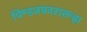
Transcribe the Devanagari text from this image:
पिण्डजप्रवरारूढ़ा